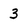
Character: 3